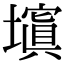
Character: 𡒆